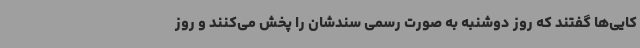
کایی‌ها گفتند که روز دوشنبه به صورت رسمی سندشان را پخش می‌کنند و روز